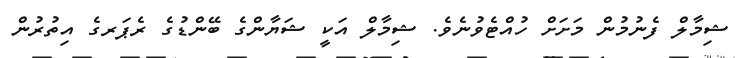
ޝިމާލް ފެނުމުން މަށަށް ހުއްޓެވުނެވެ. ޝިމާލް އަކީ ޝަޔާންގެ ބޭންޑުގެ ރެޕަރގެ އިތުރުން